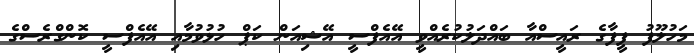
މަހުލޫފު ފީފާގެ ރައީސްއާ ބައްދަލުކުރެއްވީ އޭއެފްސީ އޭޝިއަން ކަޕް ހުޅުވުމާއި އޭއެފްސީ ކޮންގްރެސްގެ